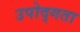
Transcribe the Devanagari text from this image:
उपोद्गता